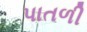
પાતળી